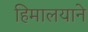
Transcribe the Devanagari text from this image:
हिमालयाने